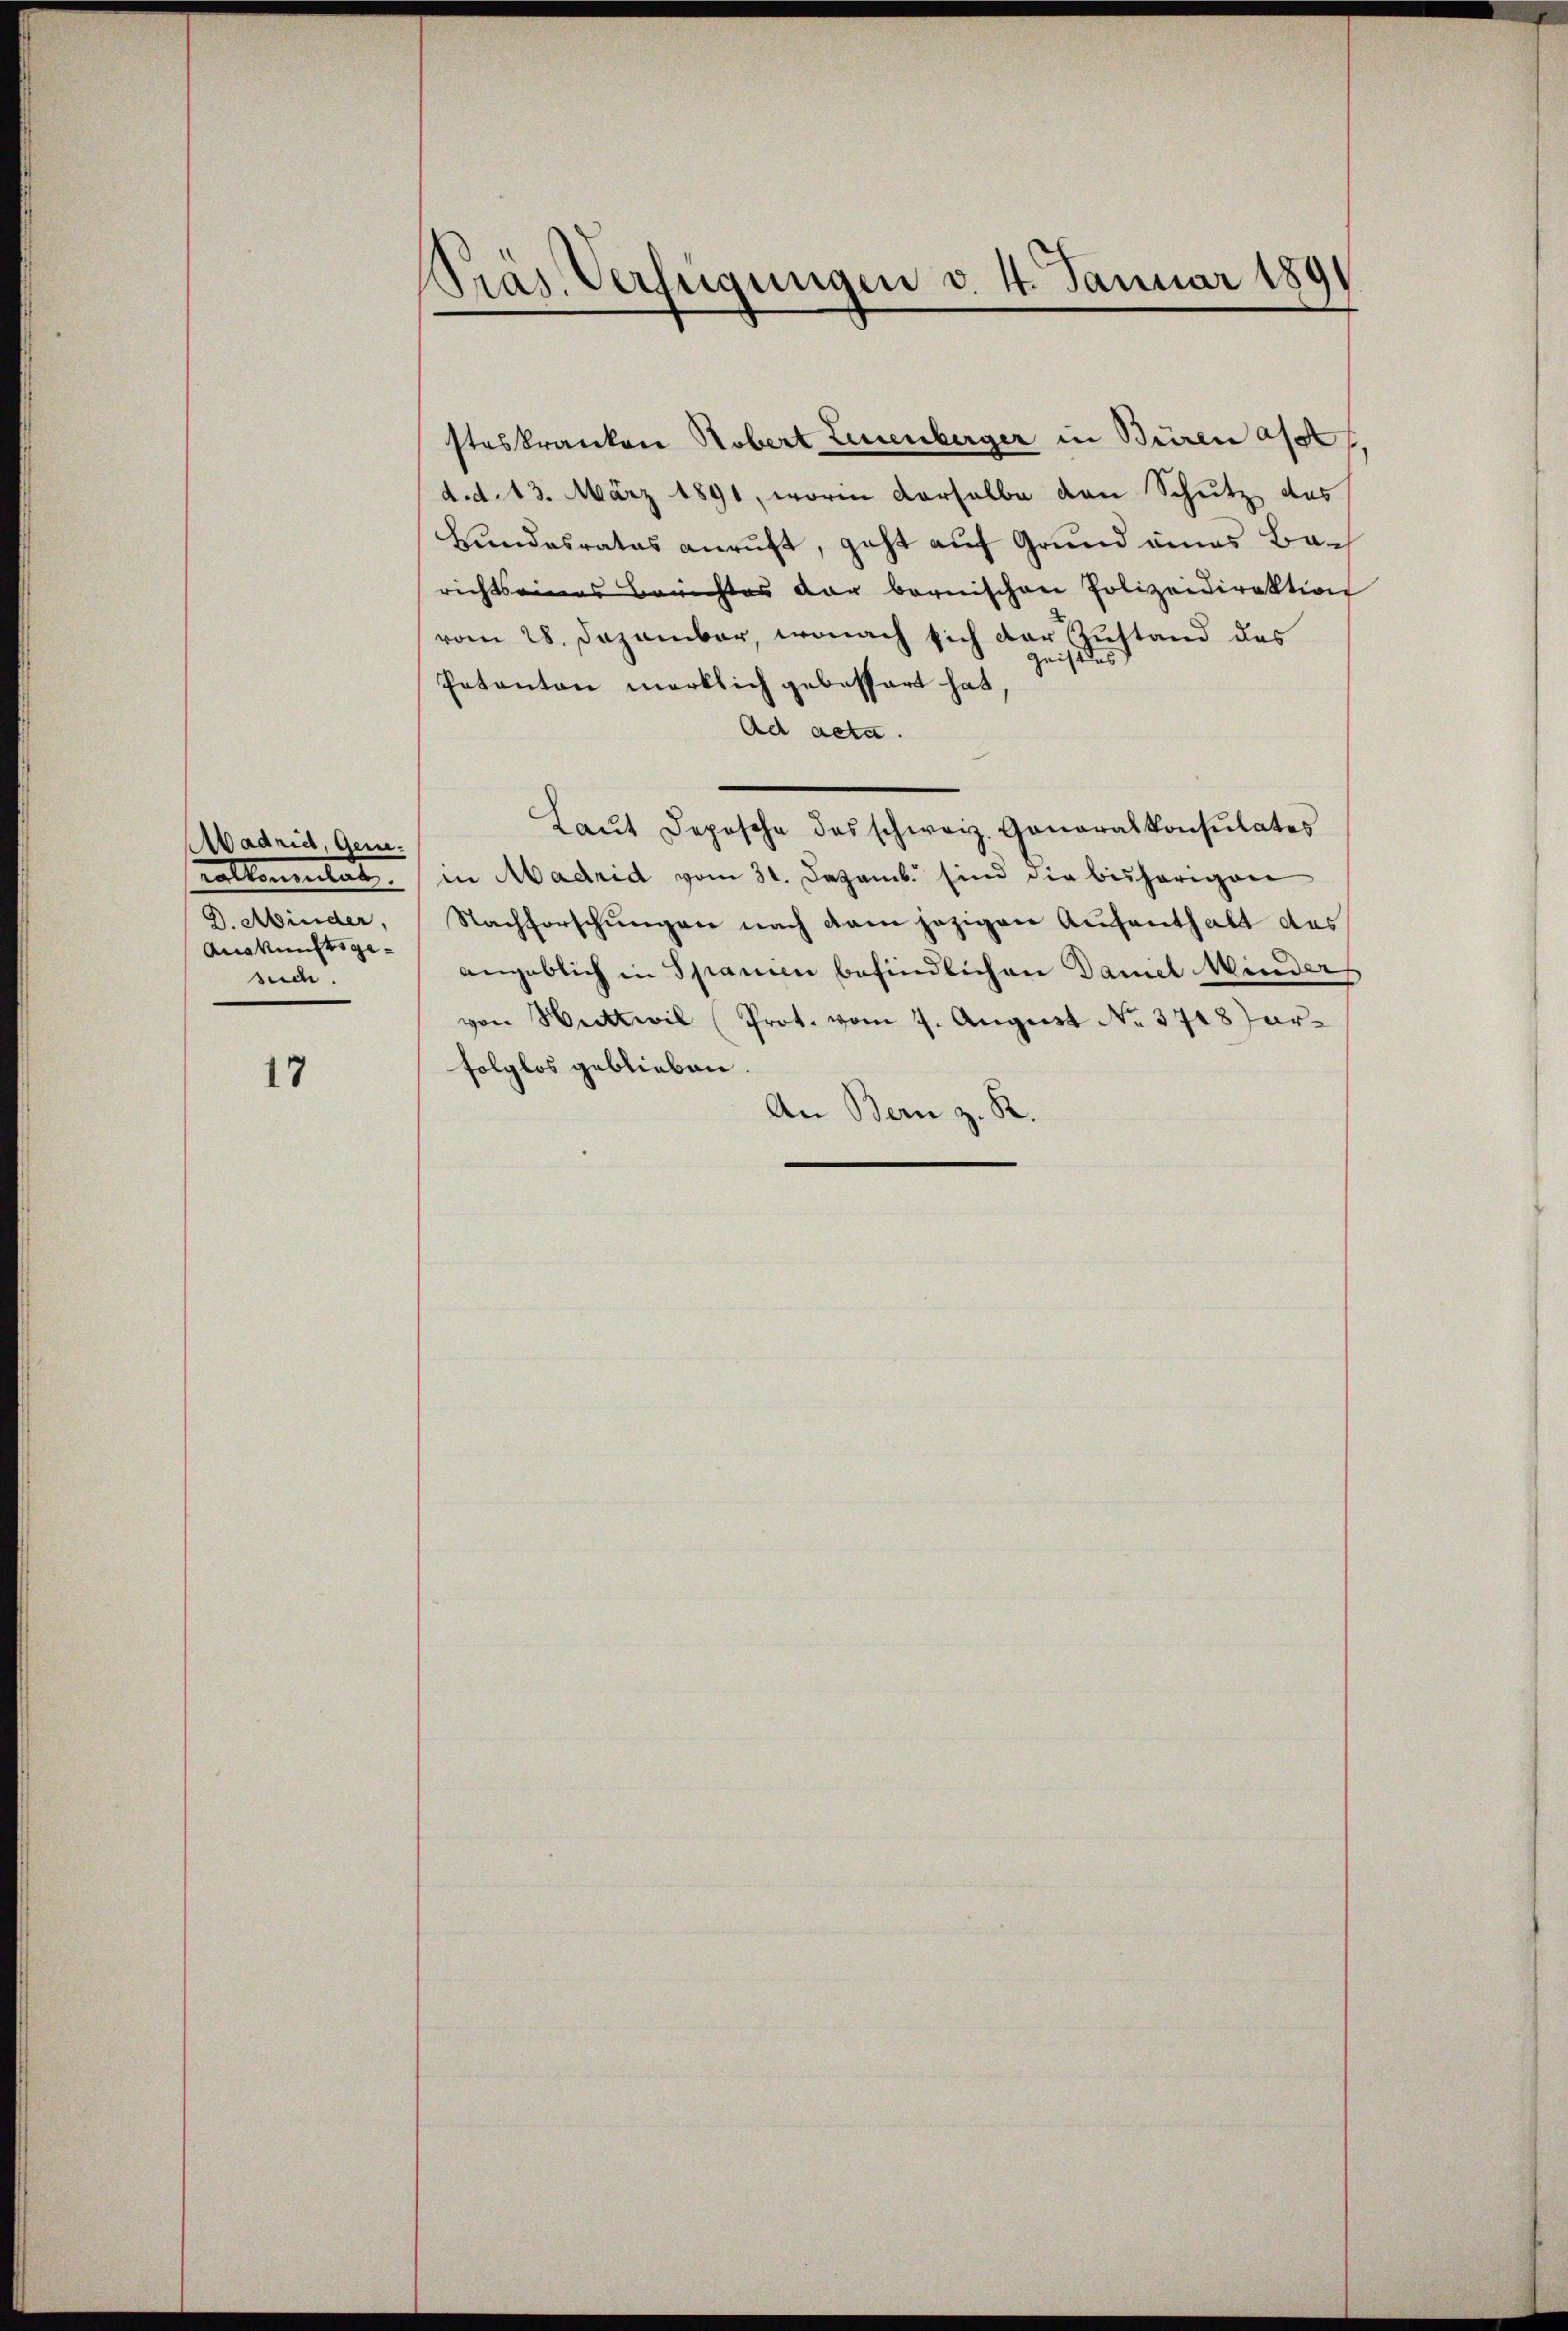
Aadrid, Generallementat
D. Minder,
Auskunftsgeside

17

Präs. Verfügungen d. 4. Januar 1891

steskranken Robert Leuenberger in Büren ass
d. d. 13. März 1891, worin derselbe den Schutz des
kundesrates anruft, geht auf Grund eines Barichtseines Berichtes der bernischen Polizeidirektion
vom 28. Dezember, wonach sich der Zustand des
geistes
Eakanton merklich gebessert hat
Ad acta.
Laŭt Depesche des schweiz. Generalkonsulates
in Madrid vom 31. Dezemb. sind die bisherigen
Nachforschungen nach dem jezigen Aufenthalt des
angeblich in Spanien befindlichen Daniel Minder
von Wattwil Prot. vom 7. August No. 3718 forfolglos geblieben.
An Bern z. R.